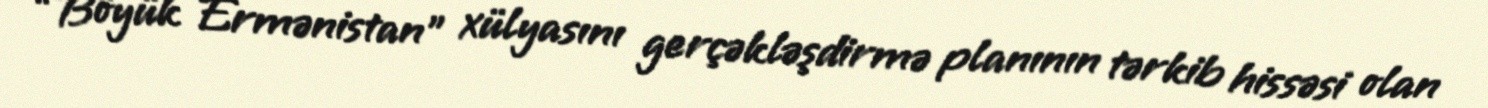
“Böyük Ermənistan” xülyasını gerçəkləşdirmə planının tərkib hissəsi olan